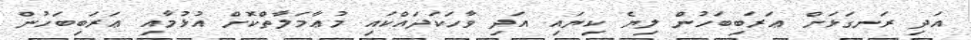
އަދި ރަނގަޅަށް ޢަރަބިބަހުން ލިޔެ ކިޔައި އަދި ވާހަކަދައްކައި މުޢާމަލާތްކޮށް އުޅުމާއި ޢަރަބިބަހުން